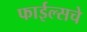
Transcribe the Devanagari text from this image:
फाईल्सचे